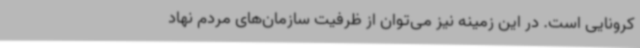
کرونایی است. در این زمینه نیز می‌توان از ظرفیت سازمان‌های مردم نهاد